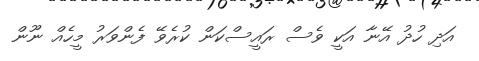
އަދި ހުދު އޭނާ އަކީ ވެސް ރައީސްކަން ކުރެވޭ ފެންވަރު މީހެއް ނޫން